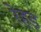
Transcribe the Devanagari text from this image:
रेहड़